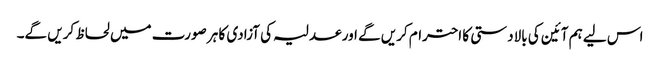
اس لیے ہم آئین کی بالادستی کا احترام کریں گے اور عدلیہ کی آزادی کا ہر صورت میں لحاظ کریں گے۔